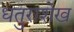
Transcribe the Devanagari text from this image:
धतुराशेख